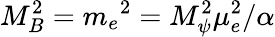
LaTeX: M_{B}^{2}=m_{e}{}^{2}=M_{\psi}^{2}\mu_{e}^{2}/\alpha